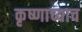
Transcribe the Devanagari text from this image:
कृष्णाच्याच